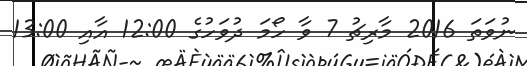
ނުވަތަ 2016 މާރިޗު 7 ވާ ހޯމަ ދުވަހުގެ 12:00 އާއި 13:00